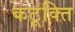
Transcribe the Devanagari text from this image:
कटूक्ति